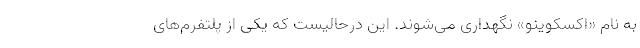
به نام «اکسکوینو» نگهداری می‌شوند. این درحالیست که یکی از پلتفرم‌های